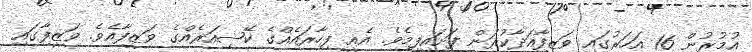
އުމުރުން 16 އަހަރުގައި ވަޒީފާއަދާކުރަން ފަށައިފީމެވެ. އެއީ ފިހާރައެއްގެ ކޭޝިއަރެއްގެ ވަޒީފާއެވެ. ވަޒީފާގައި